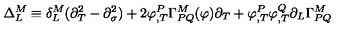
\Delta _ { L } ^ { M } \equiv \delta _ { L } ^ { M } ( \partial _ { T } ^ { 2 } - \partial _ { \sigma } ^ { 2 } ) + 2 \varphi _ { , T } ^ { P } \Gamma _ { P Q } ^ { M } ( \varphi ) \partial _ { T } + \varphi _ { , T } ^ { P } \varphi _ { , T } ^ { Q } \partial _ { L } \Gamma _ { P Q } ^ { M }